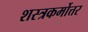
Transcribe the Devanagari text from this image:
शस्त्रकर्मोत्तर